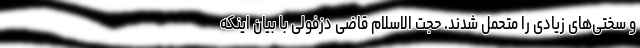
و سختی‌های زیادی را متحمل شدند. حجت الاسلام قاضی دزفولی با بیان اینکه